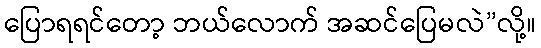
ပြောရရင်တော့ ဘယ်လောက် အဆင်ပြေမလဲ”လို့။